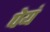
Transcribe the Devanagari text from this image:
पेयं